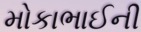
મોકાભાઈની